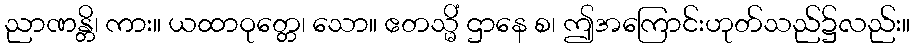
ညာဏန္တိ၊ ကား။ ယထာဝုတ္တေ၊ သော။ ဧတသ္မိံ ဌာနေ စ၊ ဤအကြောင်းဟုတ်သည်၌လည်း။